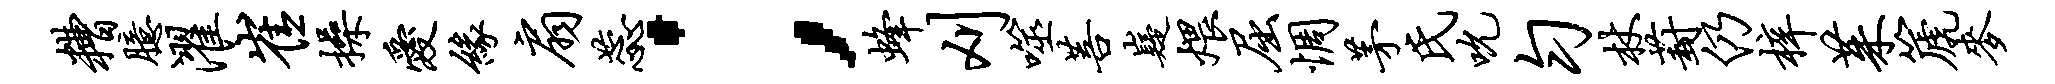
糟臆濯崔操爱缘扇蕊；蜂刈噬菩嶷煨屈惆茅氏吮匀杖葑仍梓茱篪麦